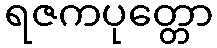
ရဇကပုတ္တော